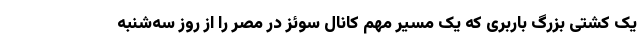
یک کشتی بزرگ باربری که یک مسیر مهم کانال سوئز در مصر را از روز سه‌شنبه